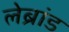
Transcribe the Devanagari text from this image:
लेब्रांड